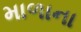
માળાના